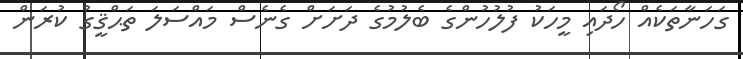
ގަހަނާތަކެއް ހޯދައި މީހަކު ފުލުހުންގެ ބެލުމުގެ ދަށަށް ގެނެސް މައްސަލަ ތަޙްޤީގު ކުރަން